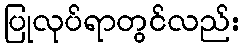
ပြုလုပ်ရာတွင်လည်း